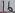
Text: 16